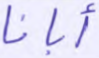
أبانا